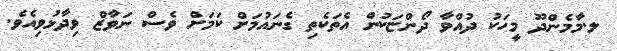
ލ.މާމެންދޫ މީހަކު ދުއްވާ ދޯންޏަކުން އެތަކެތި ގެނައުމަށް ކަމަށް ވެސް ނަވާޒް ވިދާޅުވިއެވެ.